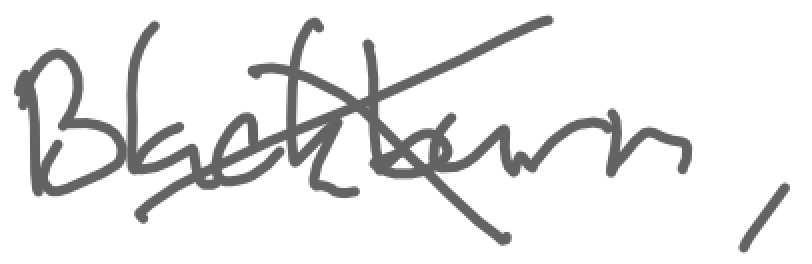
Text: Blackburn,
Cross-out: cross
Writing tool: digital_gray